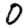
Digit: 0